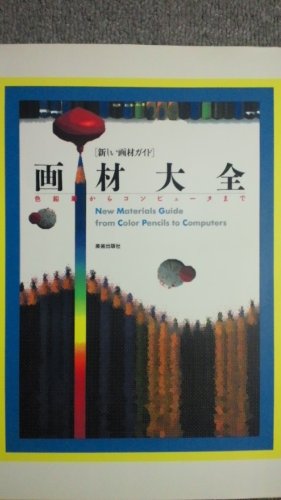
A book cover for Sorayama Hyper Illustrations 2 (Sorayama, Hyer Illustrations); Hajime Sorayama; Arts & Photography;